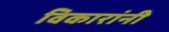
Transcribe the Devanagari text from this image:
विकारांनी